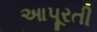
આપૂરતી